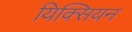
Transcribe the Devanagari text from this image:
यिक्सियन